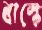
বাস্কে